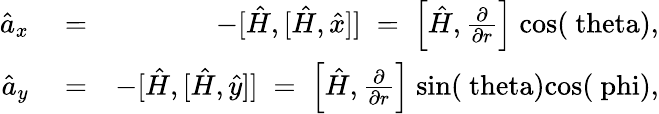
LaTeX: \begin{array}{rlr}{\hat{a}_{x}}&{{}=}&{-[\hat{H},[\hat{H},\hat{x}]]\; =\; \left[\hat{H},\frac{\partial}{\partial r}\right]\; \mathrm{cos(\ theta)},}\\ {\hat{a}_{y}}&{{}=}&{-[\hat{H},[\hat{H},\hat{y}]]\; =\; \left[\hat{H},\frac{\partial}{\partial r}\right]\; \mathrm{sin(\ theta)cos(\ phi)},}\end{array}